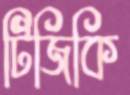
টিজিকি